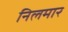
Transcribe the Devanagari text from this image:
निलमार